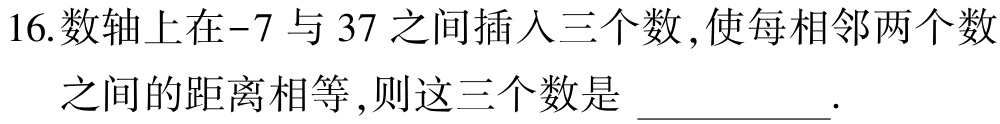
16.数轴上在-7与37之间插入三个数,使每相邻两个数

之间的距离相等,则这三个数是 _________.